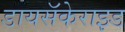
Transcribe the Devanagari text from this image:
डायसॅकेराइड